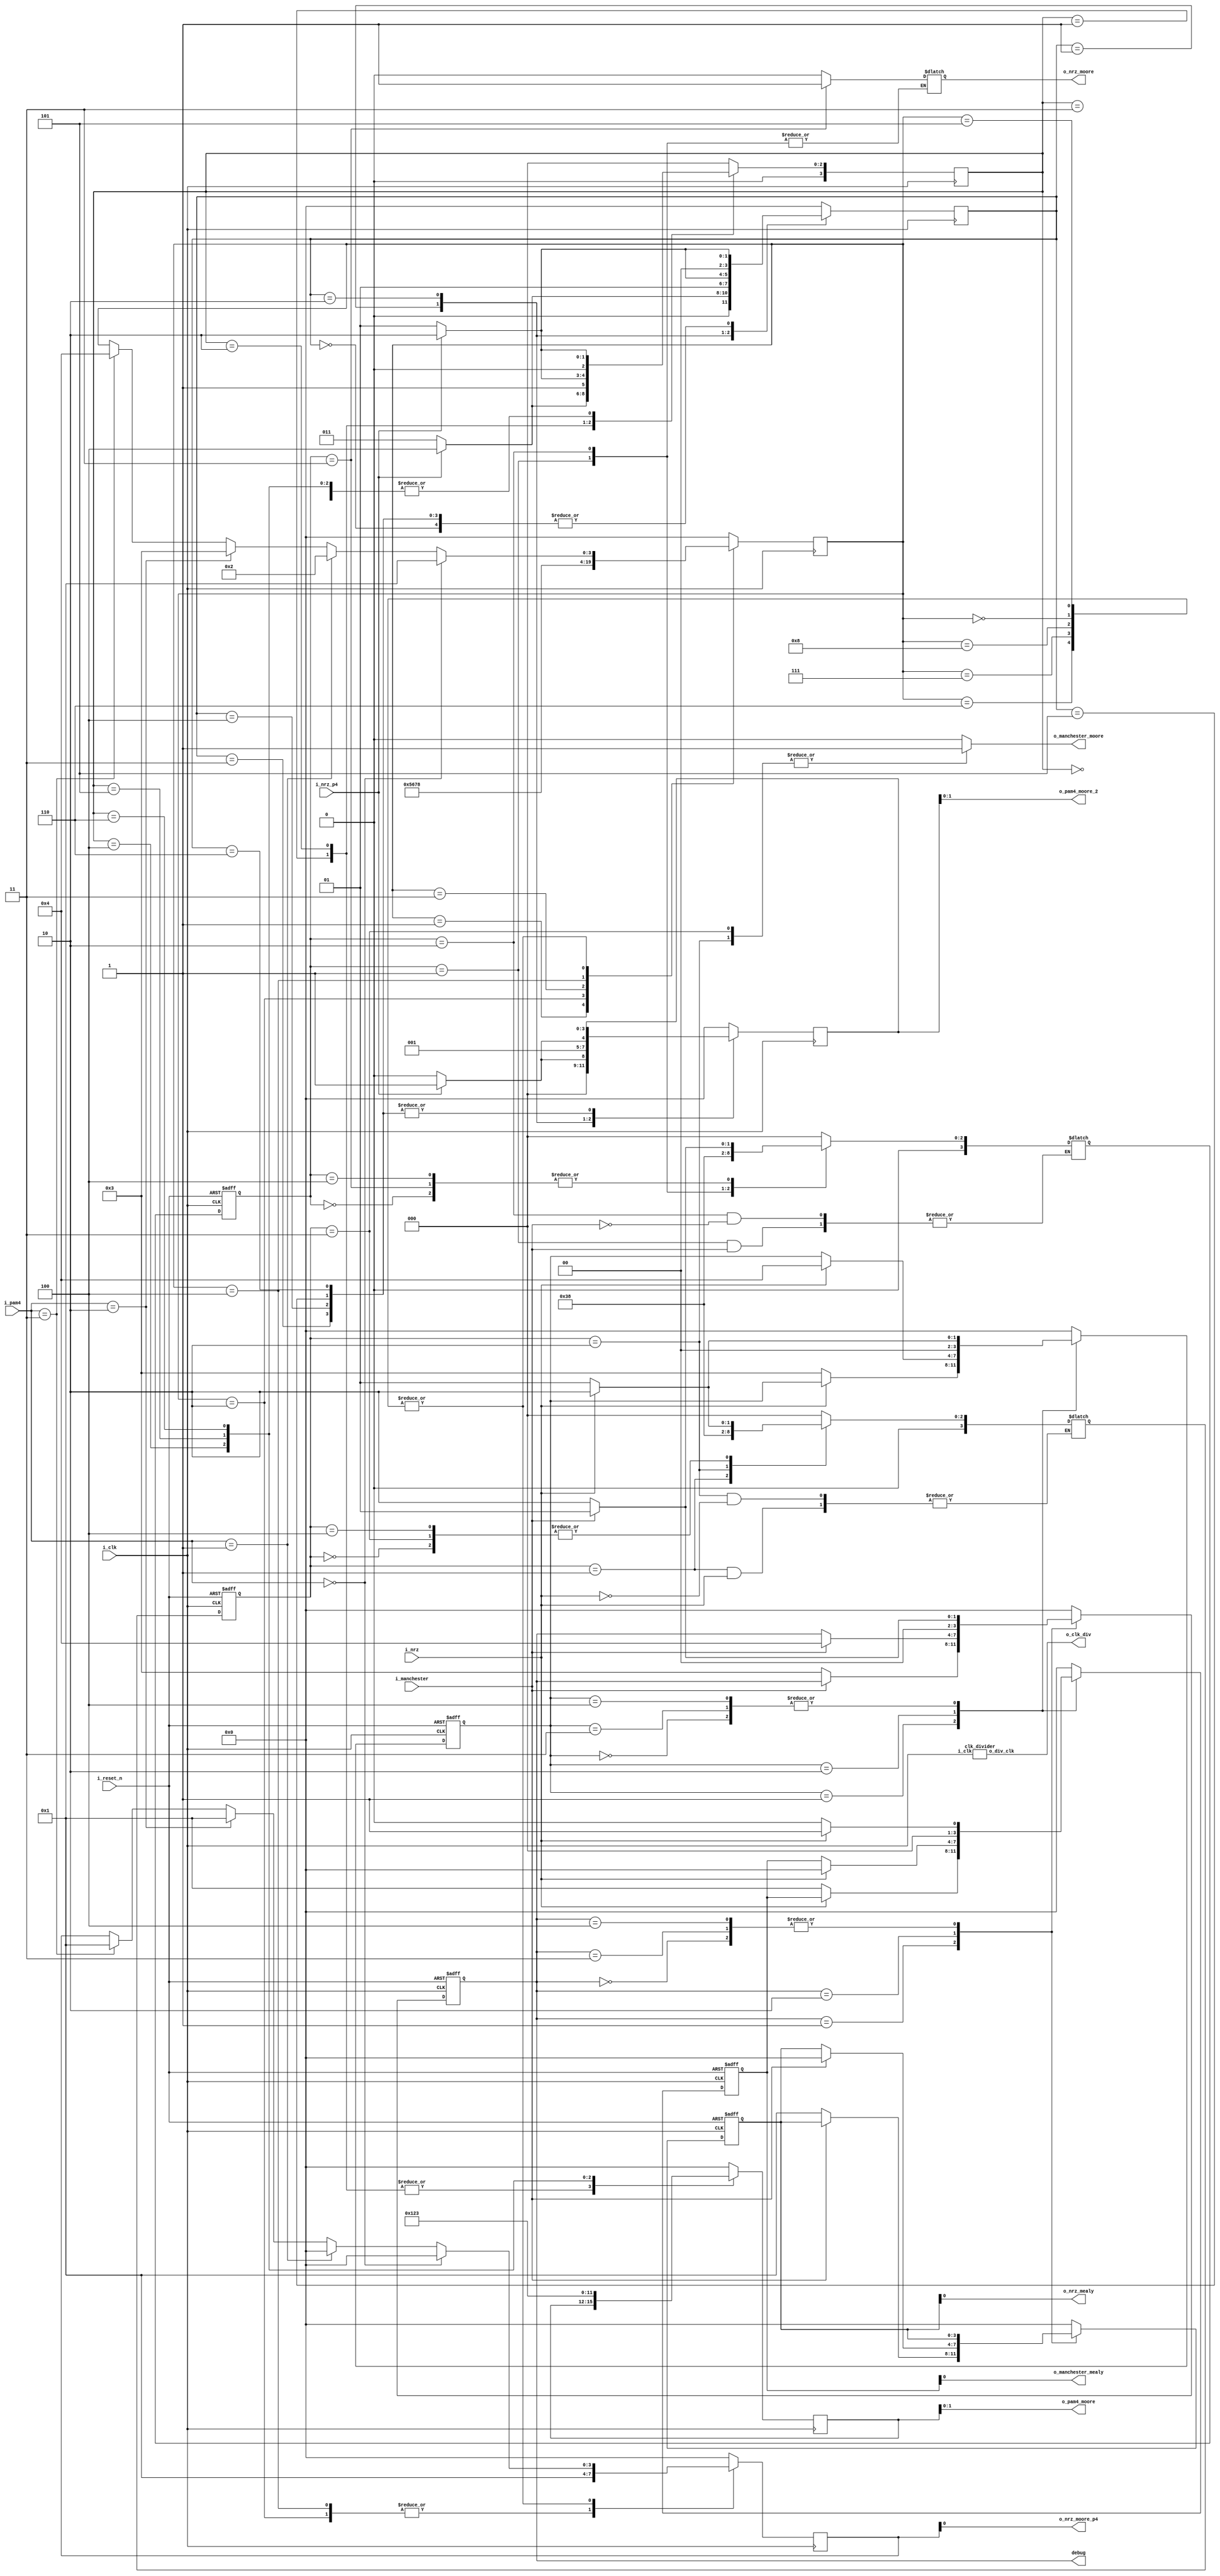
/*
Matthew Capuano  -- EE 417 Lab 5, State machines for manchester, nrz, pam4 conversion, experimenting with different SM styles w/ 1, 2, or 3 always blocks
*/

module assignment_5(
input i_clk,

//manchester / NRZ conversion
input i_manchester,
input i_nrz,

output o_nrz_moore,
output o_nrz_mealy,
output o_manchester_moore,
output o_manchester_mealy,

//nrz to pam4 conversion
input i_nrz_p4,
input [1:0] i_pam4,

output o_nrz_moore_p4,
output [1:0] o_pam4_moore,
output [1:0] o_pam4_moore_2,

output o_clk_div,

output [3:0] debug,

input i_reset_n
);

wire w_clk_div; //half speed of i_clk

reg [3:0] r_state0; //man-nrz mealy
reg [3:0] r_state1; //man-nrz moore
reg [3:0] r_state2; //nrz-man mealy
reg [3:0] r_state3; //nrz-man moore
reg [3:0] r_state4; //nrz-pam4 moore
reg [3:0] r_state4_2; //nrz-pam4 mealy no delay
reg [3:0] r_state5; //pam4-nrz mealy 

reg [3:0] r_state0_out;
reg [3:0] r_state1_out;
reg [3:0] r_state2_out;
reg [3:0] r_state3_out; 
reg [3:0] r_state4_out;
reg [3:0] r_state4_2_out;
reg [3:0] r_state5_out;

localparam RESET = 0;
localparam HI = 1;
localparam LO = 2;
localparam HI_LO = 3;
localparam LO_HI = 4;
assign debug = r_state0;

//man-nrz mealy - tested and works - 
assign o_nrz_mealy = r_state0_out;
always@(posedge i_clk or negedge i_reset_n)
begin
	if (~i_reset_n) begin r_state0 <= RESET; r_state0_out <= 0; end
else begin
case(r_state0)
RESET: begin
	if(i_manchester) begin r_state0 <= HI; r_state0_out <= r_state0_out; end
	else begin r_state0 <= LO; r_state0_out <= r_state0_out; end
	end
HI: begin
	if(i_manchester) begin r_state0 <= r_state0; r_state0_out <= r_state0_out; end
	else begin r_state0 <= HI_LO; r_state0_out <= 1; end
	end
LO:begin
	if(i_manchester) begin r_state0 <= LO_HI; r_state0_out <= 0; end
	else begin r_state0 <= r_state0; r_state0_out <= r_state0_out; end
	end
HI_LO:begin
	if(i_manchester) begin r_state0 <= HI; r_state0_out <= r_state0_out; end
	else begin r_state0 <= LO; r_state0_out <= r_state0_out; end
   end
LO_HI:begin
	if(i_manchester) begin r_state0 <= HI; r_state0_out <= r_state0_out; end
	else begin r_state0 <= LO; r_state0_out <= r_state0_out; end
   end

default:begin
	r_state0 <= 0;
	r_state0_out <= 0;
	end
endcase
end
end

//man-nrz moore //0-1 LO, 1-0 HI - needs tested
reg [3:0] r_next_state1;
assign o_nrz_moore = r_state1_out;
always@(posedge i_clk or negedge i_reset_n) //update state
begin
if(~i_reset_n) r_state1 <= RESET;
else r_state1 <= r_next_state1;
end
always@(r_state1) //compute output
begin
case(r_state1)
RESET: r_state1_out <= 0;
HI: r_state1_out <= r_state1_out;
LO: r_state1_out <= r_state1_out;
HI_LO: r_state1_out <= 1;
LO_HI: r_state1_out <= 0;
default: r_state1_out <= 0;
endcase
end
always@(r_state1 or i_manchester)//compute next state
begin
case(r_state1)
RESET: begin
if(i_manchester) r_next_state1 <= HI;
else r_next_state1 <= LO;
end
HI:begin
if(i_manchester) r_next_state1 <= r_next_state1;
else r_next_state1 <= HI_LO;
end
LO:begin
if(i_manchester) r_next_state1 <= LO_HI;
else r_next_state1 <= r_next_state1;
end
HI_LO:begin
if(i_manchester) r_next_state1 <= HI;
else r_next_state1 <= LO;
end
LO_HI:begin
if (i_manchester) r_next_state1 <= HI;
else r_next_state1 <= LO;
end
default: r_next_state1 <= RESET;
endcase
end

//nrz-man mealy  -- THIS NEEDS TESTED
localparam LO1 = 1;
localparam HI1 = 2;
localparam LO2 = 3;
localparam HI2 = 4;

assign o_manchester_mealy = r_state2_out;
always@(posedge i_clk or negedge i_reset_n)
begin
if(~i_reset_n) begin r_state2 <= RESET; r_state2_out <= 0; end
else begin
case (r_state2)
RESET: begin
if(i_nrz) begin r_state2 <= HI1; r_state2_out <= 1; end
	else begin r_state2 <= LO1; r_state2_out  <= 0; end
	end
LO1: begin
if(i_nrz)begin r_state2 <= r_state2; r_state2_out <= r_state2_out; end
	else begin r_state2 <= LO2; r_state2_out <= 1; end
	end
HI1: begin
if(i_nrz) begin r_state2 <= HI2; r_state2_out <= 0; end
	else begin r_state2 <= r_state2; r_state2_out <= r_state2_out; end
	end
LO2: begin
if(i_nrz) begin r_state2 <= HI1; r_state2_out <= 1; end
	else begin r_state2 <= LO1; r_state2_out <= 0; end 
end
HI2: begin
if (i_nrz) begin r_state2 <= HI1; r_state2_out <= 1; end
	else begin r_state2 <= LO1; r_state2_out <= 0; end
end
default : begin
r_state2 <= 0;
r_state2_out <= 0;
end
endcase
end
end

//nrz-man moore -- needs test
reg [3:0] r_next_state3;
assign o_manchester_moore = r_state3_out;
always@(posedge i_clk or negedge i_reset_n) //update state
begin
	if(~i_reset_n) begin r_state3 <= RESET;  end
else  r_state3 <= r_next_state3;
end
always@( r_state3) //compute output
begin
case(r_state3)
RESET: begin
r_state3_out <= 0;
end
LO1:begin
r_state3_out <= 0;
end
HI1:begin
r_state3_out <= 1;
end
LO2:begin
r_state3_out <= 1;
end
HI2:begin
r_state3_out <= 0;
end
default:begin
r_state3_out <= 0;
end
endcase
end

always@(r_state3 or i_nrz)//compute next state
begin
case(r_state3)
RESET:begin
if(i_nrz) r_next_state3 <= HI1;
else r_next_state3 <= LO1;
end
LO1:begin
if(i_nrz) r_next_state3 <= r_next_state3;
else r_next_state3 <= LO2;
end
HI1:begin
if(i_nrz) r_next_state3 <= HI2;
else r_next_state3 <= r_next_state3;
end
LO2:begin
if(i_nrz) r_next_state3 <= HI1;
else r_next_state3 <= LO1;
end
HI2:begin
if(i_nrz) r_next_state3 <= HI1;
else r_next_state3 <= LO1;
end
default:begin
r_next_state3 <= 0;
end
endcase
end

//nrz-pam4  moore - 1 clock cycle delay - tested and works
localparam FIRST_ZERO = 1;
localparam FIRST_ONE = 2;
localparam OUT_ZERO = 3;
localparam OUT_ONE = 4;
localparam OUT_TWO = 5;
localparam OUT_THREE =6;

assign o_pam4_moore = r_state4_out;

always@(posedge i_clk)
begin
case(r_state4)
	RESET: begin
			r_state4_out <= 0;
			if(~i_nrz_p4) r_state4 <= FIRST_ZERO;
			else r_state4 <= FIRST_ONE;
			end

	FIRST_ZERO: begin
			r_state4_out <= r_state4_out;
			if(~i_nrz_p4) r_state4 <= OUT_ZERO;
			else r_state4 <= OUT_ONE;
				end
	FIRST_ONE: begin
			r_state4_out <= r_state4_out;
			if(~i_nrz_p4) r_state4 <= OUT_TWO;
			else r_state4 <= OUT_THREE;
				end

	OUT_ZERO:  begin
			r_state4_out <= 0;
			if(~i_nrz_p4) r_state4 <= FIRST_ZERO;
			else r_state4 <= FIRST_ONE;
				end

	OUT_ONE:  begin
			r_state4_out <= 1;
			if(~i_nrz_p4) r_state4 <= FIRST_ZERO;
			else r_state4 <= FIRST_ONE;
			 	end

	OUT_TWO:  begin
			r_state4_out <= 2;
			if(~i_nrz_p4) r_state4 <= FIRST_ZERO;
			else r_state4 <= FIRST_ONE;
				end

	OUT_THREE: begin
			r_state4_out <= 3;
			if(~i_nrz_p4) r_state4 <= FIRST_ZERO;
			else r_state4 <= FIRST_ONE;
				end
	default: begin
			r_state4_out <= 0;
			r_state4 <= RESET;
			end
endcase
end


//nrz-pam4 - mealy - no clock cycle delay - tested and works
assign o_pam4_moore_2 = r_state4_2_out;

always@(posedge i_clk)
begin
case(r_state4_2)
	RESET: begin
			if(~i_nrz_p4) begin r_state4_2 <= FIRST_ZERO;  r_state4_2_out <= 0; end
			else begin			 r_state4_2 <= FIRST_ONE;  r_state4_2_out <= 0; end 
			end

	FIRST_ZERO: begin
			if(~i_nrz_p4) begin r_state4_2 <= OUT_ZERO;  r_state4_2_out <= 0; end
			else begin 			r_state4_2 <= OUT_ONE;  r_state4_2_out <= 1; end
				end
	FIRST_ONE: begin
			if(~i_nrz_p4) begin r_state4_2 <= OUT_TWO;   r_state4_2_out <= 2; end
			else begin 			r_state4_2 <= OUT_THREE; r_state4_2_out <= 3; end
				end

	OUT_ZERO:  begin
			if(~i_nrz_p4) begin r_state4_2 <= FIRST_ZERO; r_state4_2_out <= r_state4_2_out; end
			else begin 			r_state4_2 <= FIRST_ONE;  r_state4_2_out <= r_state4_2_out; end
				end

	OUT_ONE:  begin
			if(~i_nrz_p4) begin r_state4_2 <= FIRST_ZERO; r_state4_2_out <= r_state4_2_out; end
			else begin 			r_state4_2 <= FIRST_ONE;  r_state4_2_out <= r_state4_2_out; end
			 	end

	OUT_TWO:  begin
			if(~i_nrz_p4) begin r_state4_2 <= FIRST_ZERO; r_state4_2_out <= r_state4_2_out; end
			else begin 			r_state4_2 <= FIRST_ONE;  r_state4_2_out <= r_state4_2_out; end
				end

	OUT_THREE: begin
			if(~i_nrz_p4) begin r_state4_2 <= FIRST_ZERO;  r_state4_2_out <= r_state4_2_out; end
			else begin 			r_state4_2 <= FIRST_ONE;   r_state4_2_out <= r_state4_2_out; end
				end
	default: begin
			r_state4_2_out <= 0;
			r_state4_2 <= RESET;
			end
endcase
end

localparam FIRST_TWO = 3;
localparam FIRST_THREE = 4;
localparam SEC_ZERO = 5;
localparam SEC_ONE = 6;
localparam SEC_TWO = 7;
localparam SEC_THREE = 8;

//pam4-nrz mealy - tested and works
assign o_nrz_moore_p4 = r_state5_out;

always@(posedge i_clk)
begin
case(r_state5)
RESET: begin
		if(i_pam4 == 0) begin r_state5 <= FIRST_ZERO; r_state5_out <= 0; end
		else if (i_pam4 == 1) begin r_state5 <= FIRST_ONE; r_state5_out <= 0; end
		else if (i_pam4 == 2) begin r_state5 <= FIRST_TWO; r_state5_out <= 1; end
		else if (i_pam4 == 3) begin r_state5 <= FIRST_THREE; r_state5_out <= 1; end
		else begin r_state5 <= r_state5; r_state5_out <= r_state5_out; end
		end
FIRST_ZERO: begin
			r_state5 <= SEC_ZERO; r_state5_out <= 0;
			end

FIRST_ONE: begin
			r_state5 <= SEC_ONE; r_state5_out <= 1;
			end

FIRST_TWO: begin
			r_state5 <= SEC_TWO; r_state5_out <= 0;
			end

FIRST_THREE: begin
			r_state5 <= SEC_THREE; r_state5_out <= 1;
			end

SEC_ZERO:  begin
			if(i_pam4 == 0) begin r_state5 <= FIRST_ZERO; r_state5_out <= 0; end
		else if (i_pam4 == 1) begin r_state5 <= FIRST_ONE; r_state5_out <= 0; end
		else if (i_pam4 == 2) begin r_state5 <= FIRST_TWO; r_state5_out <= 1; end
		else if (i_pam4 == 3) begin r_state5 <= FIRST_THREE; r_state5_out <= 1; end
			else begin r_state5 <= r_state5; r_state5_out <= r_state5_out; end
			end

SEC_ONE:  begin
			if(i_pam4 == 0) begin r_state5 <= FIRST_ZERO; r_state5_out <= 0; end
		else if (i_pam4 == 1) begin r_state5 <= FIRST_ONE; r_state5_out <= 0; end
		else if (i_pam4 == 2) begin r_state5 <= FIRST_TWO; r_state5_out <= 1; end
		else if (i_pam4 == 3) begin r_state5 <= FIRST_THREE; r_state5_out <= 1; end
			else begin r_state5 <= r_state5; r_state5_out <= r_state5_out; end
		 end

SEC_TWO:  begin
		if(i_pam4 == 0) begin r_state5 <= FIRST_ZERO; r_state5_out <= 0; end
		else if (i_pam4 == 1) begin r_state5 <= FIRST_ONE; r_state5_out <= 0; end
		else if (i_pam4 == 2) begin r_state5 <= FIRST_TWO; r_state5_out <= 1; end
		else if (i_pam4 == 3) begin r_state5 <= FIRST_THREE; r_state5_out <= 1; end
			else begin r_state5 <= r_state5; r_state5_out <= r_state5_out; end
		end

SEC_THREE: begin
		if(i_pam4 == 0) begin r_state5 <= FIRST_ZERO; r_state5_out <= 0; end
		else if (i_pam4 == 1) begin r_state5 <= FIRST_ONE; r_state5_out <= 0; end
		else if (i_pam4 == 2) begin r_state5 <= FIRST_TWO; r_state5_out <= 1; end
		else if (i_pam4 == 3) begin r_state5 <= FIRST_THREE; r_state5_out <= 1; end
			else begin r_state5 <= r_state5; r_state5_out <= r_state5_out; end
			end
	default: 
		begin r_state5 <= 0; r_state5_out <= 0; end

endcase


end


clk_divider cd0(
.i_clk(i_clk),
.o_div_clk(w_clk_div)
	);
assign o_clk_div = w_clk_div;

endmodule

//use input clock as double speed clk for manchester encoding,
//use clk divider to drive system clock for rest of system
module clk_divider(
input i_clk,
output  o_div_clk
	);
reg clkr = 1;
assign o_div_clk = clkr;
always@(posedge i_clk)
begin
	clkr <= !clkr;
end


endmodule